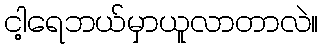
ငါ့ရေဘယ်မှာယူလာတာလဲ။